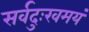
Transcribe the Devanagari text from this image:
सर्वदुःखमयं